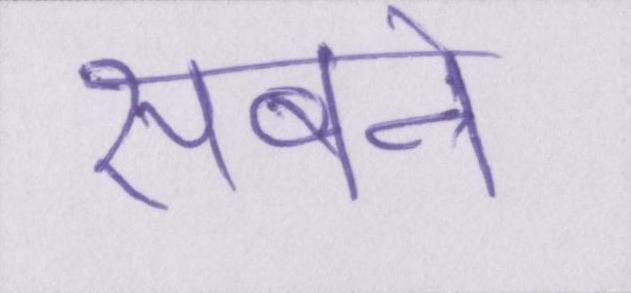
सबने